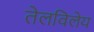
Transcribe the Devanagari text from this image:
तेलविलेय